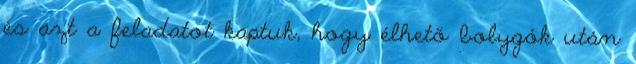
és azt a feladatot kaptuk, hogy élhető bolygók után